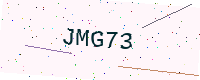
Text: JMG73